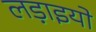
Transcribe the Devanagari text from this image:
लड़ाइयो